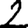
Digit: 2